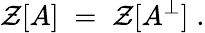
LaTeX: {\mathcal Z}[A]\; =\; {\mathcal Z}[A^{\perp}]\; .